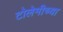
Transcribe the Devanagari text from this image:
टोलेमीच्या